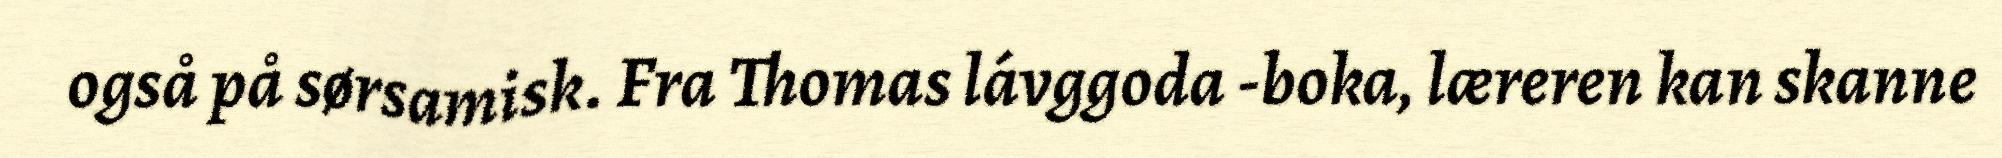
også på sørsamisk. Fra Thomas lávggoda -boka, læreren kan skanne